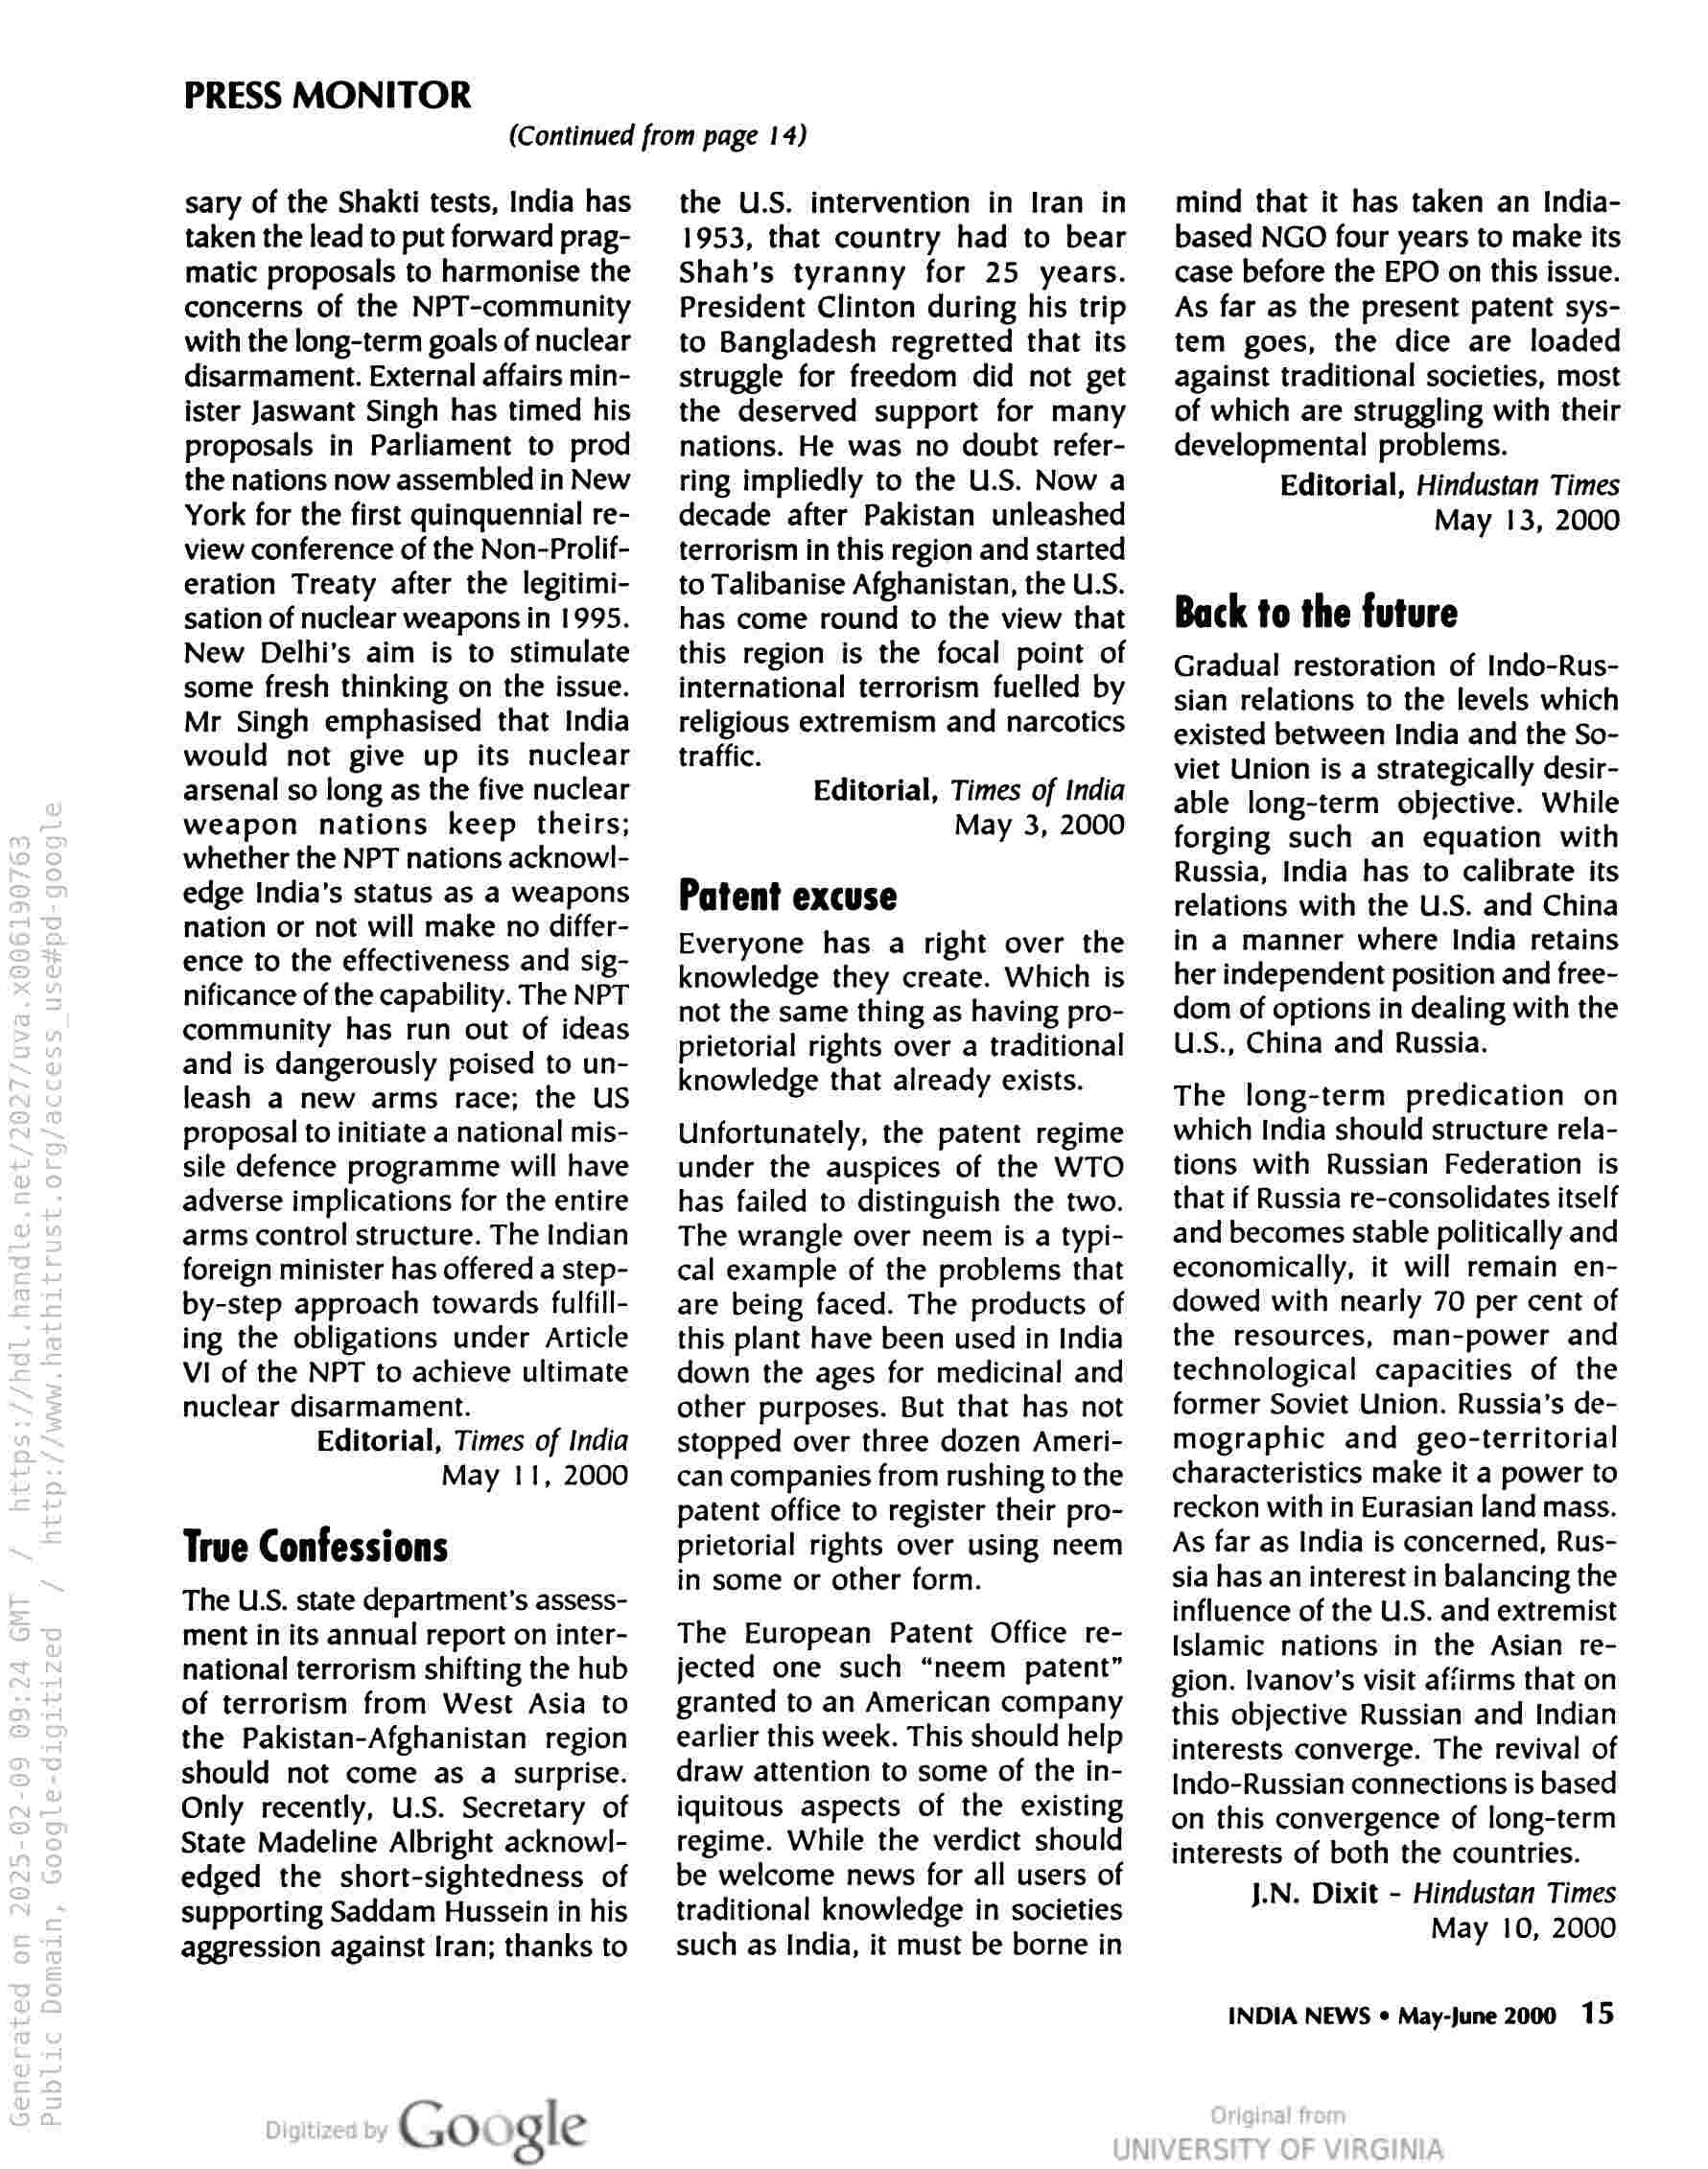
PRESS MONITOR

(Continued from page 14)

sary of the Shakti tests, India has
taken the lead to put forward prag-
matic proposals to harmonise the
concerns of the NPT-community
with the long-term goals of nuclear
disarmament. External affairs min-
ister Jaswant Singh has timed his
proposals in Parliament to prod
the nations now assembled in New
York for the first quinquennial re-
view conference of the Non-Prolif-
eration Treaty after the legitimi-
sation of nuclear weapons in 1995.
New Delhi's aim is to stimulate
some fresh thinking on the issue.
Mr Singh emphasised that India
would not give up its nuclear
arsenal so long as the five nuclear
weapon nations keep theirs;
whether the NPT nations acknowl-
edge India’s status as a weapons
nation or not will make no differ-
ence to the effectiveness and sig-
nificance of the capability. The NPT
community has run out of ideas
and is dangerously poised to un-
leash a new arms race; the US
proposal to initiate a national mis-
sile defence programme will have
adverse implications for the entire
arms control structure. The Indian
foreign minister has offered a step-
by-step approach towards fulfill-
ing the obligations under Article
VI of the NPT to achieve ultimate
nuclear disarmament.
Editorial, Times of India
May 11, 2000

True Confessions

The U.S. state department's assess-
ment in its annual report on inter-
national terrorism shifting the hub
of terrorism from West Asia to
the Pakistan-Afghanistan region
should not come as a surprise.
Only recently, U.S. Secretary of
State Madeline Albright acknowl-
edged the short-sightedness of
supporting Saddam Hussein in his
aggression against Iran; thanks to

Google

the U.S. intervention in Iran in
1953, that country had to bear
Shah’s tyranny for 25 years.
President Clinton during his trip
to Bangladesh regretted that its
struggle for freedom did not get
the deserved support for many
nations. He was no doubt refer-
ring impliedly to the U.S. Now a
decade after Pakistan unleashed
terrorism in this region and started
to Talibanise Afghanistan, the U.S.
has come round to the view that
this region is the focal point of
international terrorism fuelled by
religious extremism and narcotics
traffic.
Editorial, Times of India
May 3, 2000

Patent excuse

Everyone has a right over the
knowledge they create. Which is
not the same thing as having pro-
prietorial rights over a traditional
knowledge that already exists.

Unfortunately, the patent regime
under the auspices of the WTO
has failed to distinguish the two.
The wrangle over neem is a typi-
cal example of the problems that
are being faced. The products of
this plant have been used in India
down the ages for medicinal and
other purposes. But that has not
stopped over three dozen Ameri-
can companies from rushing to the
patent office to register their pro-
prietorial rights over using neem
in some or other form.

The European Patent Office re-
jected one such “neem patent”
granted to an American company
earlier this week. This should help
draw attention to some of the in-
iquitous aspects of the existing
regime. While the verdict should
be welcome news for all users of
traditional knowledge in societies
such as India, it must be borne in

mind that it has taken an India-
based NGO four years to make its
case before the EPO on this issue.
As far as the present patent sys-
tem goes, the dice are loaded
against traditional societies, most
of which are struggling with their
developmental problems.
Editorial, Hindustan Times
May 13, 2000

Back to the future

Gradual restoration of Indo-Rus-
sian relations to the levels which
existed between India and the So-
viet Union is a strategically desir-
able long-term objective. While
forging such an equation with
Russia, India has to calibrate its
relations with the U.S. and China
in a manner where India retains
her independent position and free-
dom of options in dealing with the
U.LS., China and Russia.

The long-term predication on
which India should structure rela-
tions with Russian Federation is
that if Russia re-consolidates itself
and becomes stable politically and
economically, it will remain en-
dowed with nearly 70 per cent of
the resources, man-power and
technological capacities of the
former Soviet Union. Russia's de-
mographic and geo-territorial
characteristics make it a power to
reckon with in Eurasian land mass.
As far as India is concerned, Rus-
sia has an interest in balancing the
influence of the U.S. and extremist
Islamic nations in the Asian re-
gion. Ivanov's visit affirms that on
this objective Russian and Indian
interests converge. The revival of
Indo-Russian connections is based
on this convergence of long-term
interests of both the countries.
J.N. Dixit - Hindustan Times
May 10, 2000

INDIA NEWS © May-June 2000 15,